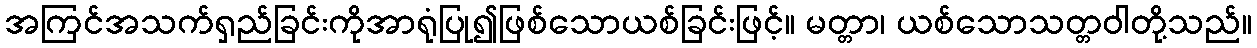
အကြင်အသက်ရှည်ခြင်းကိုအာရုံပြု၍ဖြစ်သောယစ်ခြင်းဖြင့်။ မတ္တာ၊ ယစ်သောသတ္တဝါတို့သည်။